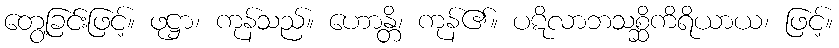
တွေ့ခြင်းဖြင့်။ ဖုဋ္ဌာ၊ ကုန်သည်။ ဟောန္တိ၊ ကုန်၏။ ပဋိလာဘသစ္ဆိကိရိယာယ၊ ဖြင့်။